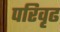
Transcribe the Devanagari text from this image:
परिवृढ